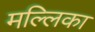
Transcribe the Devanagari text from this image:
मल्‍लिका